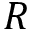
R